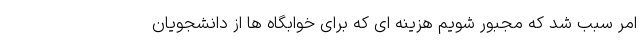
امر سبب شد که مجبور شویم هزینه ای که برای خوابگاه ها از دانشجویان